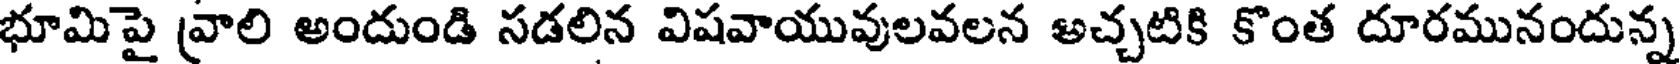
భూమిపై వ్రాలి అందుండి సడలిన విషవాయువులవలన అచ్చటికి కొంత దూరమునందున్న